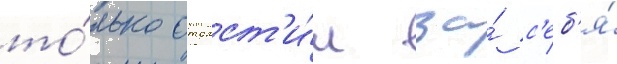
то́лько отомст'и́л за́ с'еб'я́